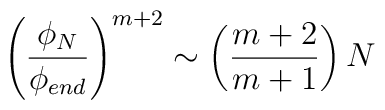
\left(\frac{\phi_N}{\phi_{end}}\right)^{m+2} \sim \left(\frac{m+2}{m+1} \right) N